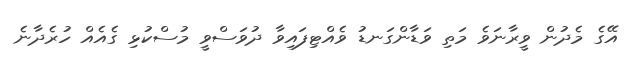
އޭގެ މެދުން ވީރާނަވެ މަތި ވަޑާންގަނޑު ވެއްޓިފައިވާ ދުވަސްވީ މުސްކުޅި ގެއެއް ހުރެދާނެ